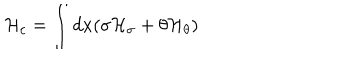
LaTeX: { \cal H } _ { c } = \int d x ( \sigma { \cal H } _ { \sigma } + \theta { \cal H } _ { \theta } )